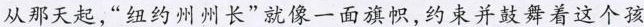
从那天起，“纽约州州长”就像一面旗帜，约束并鼓舞着这个孩